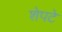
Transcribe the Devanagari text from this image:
शेपटे